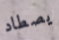
يصطاد